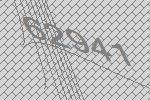
62941